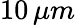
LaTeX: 10\, \mu m